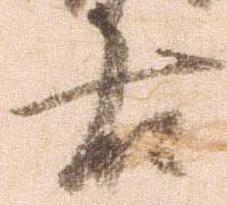
右